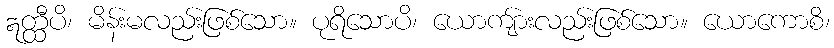
ဣတ္ထီပိ၊ မိန်းမလည်းဖြစ်သော။ ပုရိသောပိ၊ ယောကျ်ားလည်းဖြစ်သော။ ယောကောစိ၊